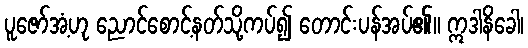
ပူဇော်အံ့ဟု ညောင်စောင့်နတ်သို့ကပ်၍ တောင်းပန်အပ်၏။ ဣဒါနိခေါ၊